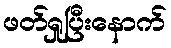
ဖတ်ရှုပြီးနောက်